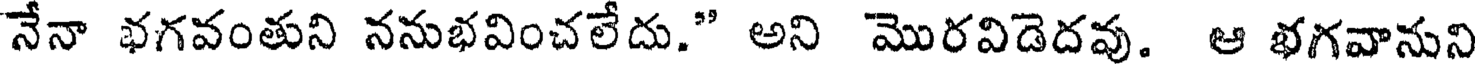
నేనా భగవంతుని ననుభవించలేదు." అని మొరవిడెదవు. ఆ భగవానుని